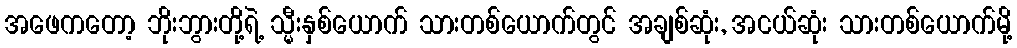
အဖေကတော့ ဘိုးဘွားတို့ရဲ့ သ္မီးနှစ်ယောက် သားတစ်ယောက်တွင် အချစ်ဆုံး, အငယ်ဆုံး သားတစ်ယောက်မို့